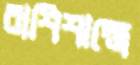
রাশিশাস্ত্রে